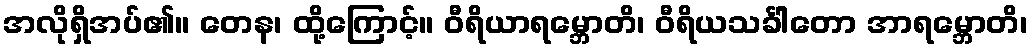
အလိုရှိအပ်၏။ တေန၊ ထို့ကြောင့်။ ဝီရိယာရမ္ဘောတိ၊ ဝီရိယသင်္ခါတော အာရမ္ဘောတိ၊